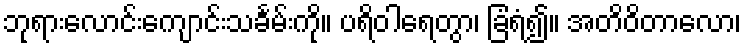
ဘုရားလောင်းကျောင်းသင်္ခမ်းကို။ ပရိဝါရေတွာ၊ ခြံရံ၍။ အတိဝိတာလော၊